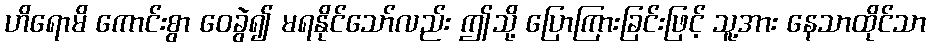
ဟိရောမိ ကောင်းစွာ ဝေခွဲ၍ မရနိုင်သော်လည်း ဤသို့ ပြောကြားခြင်းဖြင့် သူ့အား နေသာထိုင်သာ